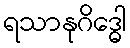
ရသာနုဂိဒ္ဓေါ